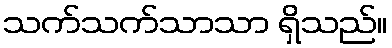
သက်သက်သာသာ ရှိသည်။